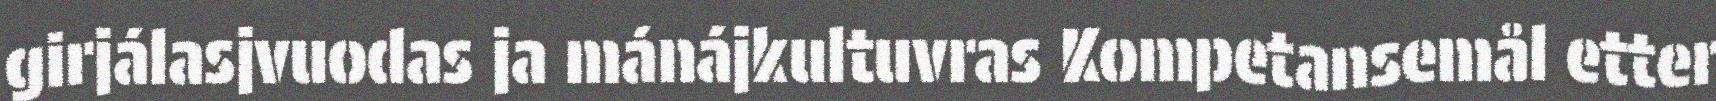
girjálasjvuodas ja mánájkultuvras Kompetansemål etter